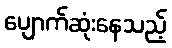
ပျောက်ဆုံးနေသည့်